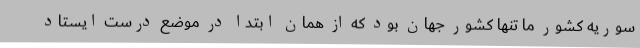
سوریه کشور ما تنها کشور جهان بود که از همان ابتدا در موضع درست ایستاد